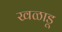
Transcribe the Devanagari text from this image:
खळाडू